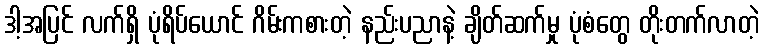
ဒါ့အပြင် လက်ရှိ ပုံရိပ်ယောင် ဂိမ်းကစားတဲ့ နည်းပညာနဲ့ ချိတ်ဆက်မှု ပုံစံတွေ တိုးတက်လာတဲ့